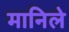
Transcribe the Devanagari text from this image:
मानिले